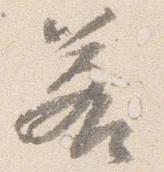
若